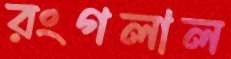
রংগলাল